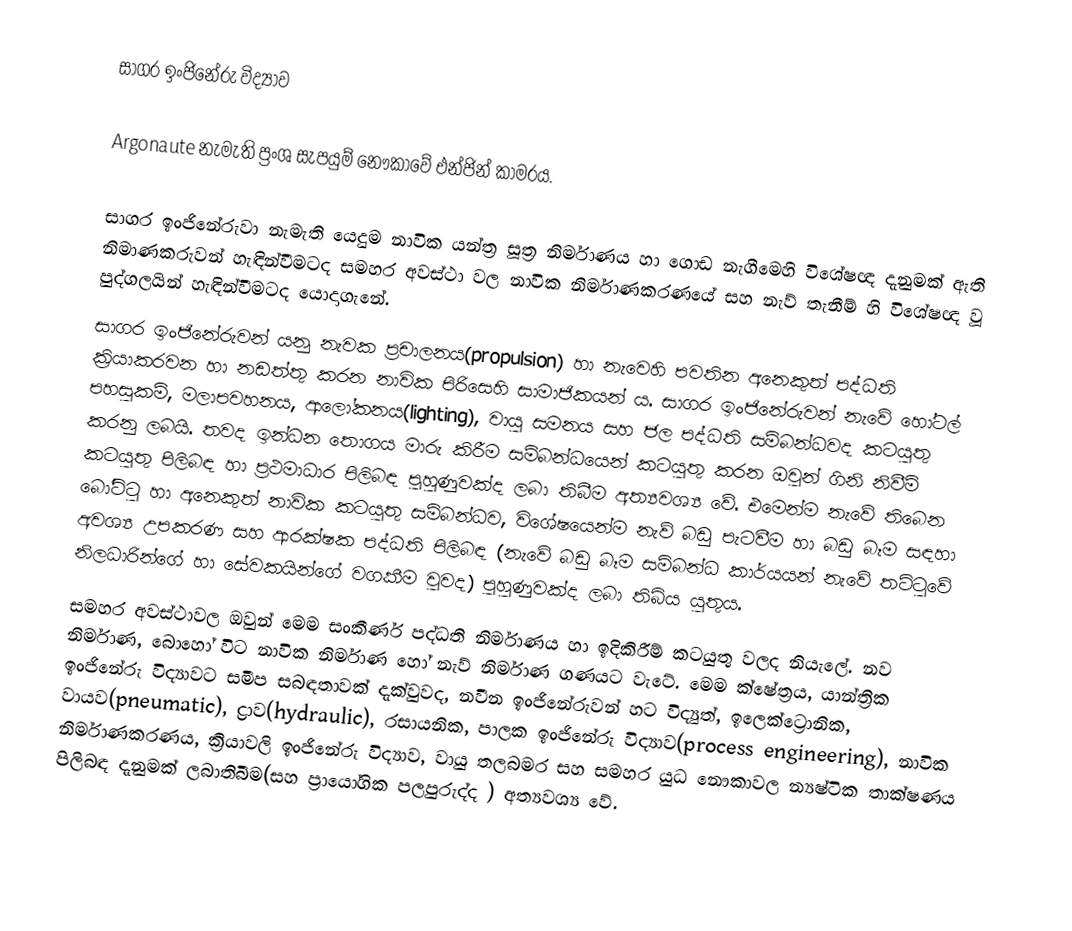
සාගර ඉංජිනේරු විද්‍යාව

Argonaute නැමැති ප්‍රංශ සැපයුම් නෞකාවේ එන්ජින් කාමරය.

සාගර ඉංජිනේරුවා නැමැති යෙදුම නාවික යන්ත්‍ර සූත්‍ර නිර්මාණය හා ගොඩ නැගීමෙහි විශේෂඥ දැනුමක් ඇති නිමාණකරුවන් හැඳින්වීමටද සමහර අවස්ථා වල නාවික නිර්මාණකරණයේ සහ නැව් තැනීම් හි විශේෂඥ වූ පුද්ගලයින් හැඳින්වීමටද යොදාගැනේ.
සාගර ඉංජිනේරුවන් යනු නැවක  ප්‍රචාලනය(propulsion) හා නැවෙහි පවතින අනෙකුත් පද්ධති ක්‍රියාකරවන හා නඩත්තු කරන නාවික පිරිසෙහි සාමාජිකයන් ය. සාගර ඉංජිනේරුවන් නැවේ හෝටල් පහසුකම්, මලාපවහනය, ආලෝකනය(lighting), වායු සමනය සහ ජල පද්ධති සම්බන්ධවද කටයුතු කරනු ලබයි. තවද ඉන්ධන තොගය මාරු කිරීම සම්බන්ධයෙන් කටයුතු කරන ඔවුන් ගිනි නිවීම් කටයුතු පිලිබඳ හා ප්‍රථමාධාර පිලිබඳ පුහුණුවක්ද ලබා තිබීම අත්‍යවශ්‍ය වේ. එමෙන්ම නැවේ තිබෙන බෝට්ටු හා අනෙකුත් නාවික කටයුතු සම්බන්ධව, විශේෂයෙන්ම නැව් බඩු පැටවීම හා බඩු බෑම සඳහා අවශ්‍ය උපකරණ සහ ආරක්ෂක පද්ධති පිලිබඳ (නැවේ බඩු බෑම සම්බන්ධ කාර්යයන් නැවේ තට්ටුවේ  නිලධාරින්ගේ හා සේවකයින්ගේ වගකීම වුවද) පුහුණුවක්ද ලබා තිබිය යුතුය.
සමහර අවස්ථාවල ඔවුන් මෙම සංකීර්ණ පද්ධති නිර්මාණය හා ඉදිකිරීම් කටයුතු වලද නියැලේ. නව නිර්මාණ, බොහෝ විට නාවික නිර්මාණ හෝ නැව් නිර්මාණ ගණයට වැටේ. මෙම ක්ෂේත්‍රය, යාන්ත්‍රික ඉංජිනේරු විද්‍යාවට සමීප සබඳතාවක් දැක්වුවද, නවීන ඉංජිනේරුවන් හට විද්‍යුත්, ඉලෙක්ට්‍රොනික, වායව(pneumatic), ද්‍රාව(hydraulic), රසායනික, පාලක ඉංජිනේරු විද්‍යාව(process engineering), නාවික නිර්මාණකරණය, ක්‍රියාවලි ඉංජිනේරු විද්‍යාව, වායු තලබමර සහ සමහර යුධ නෞකාවල න්‍යෂ්ටික තාක්ෂණය පිලිබඳ දැනුමක් ලබාතිබීම(සහ ප්‍රායෝගික පලපුරුද්ද ) අත්‍යවශ්‍ය වේ.